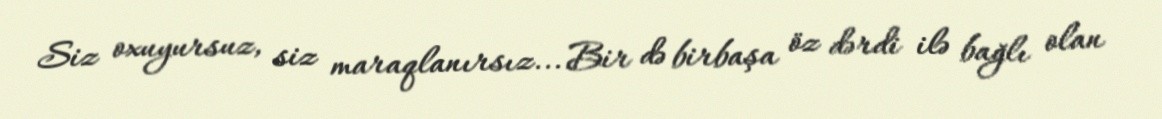
Siz oxuyursuz, siz maraqlanırsız... Bir də birbaşa öz dərdi ilə bağlı olan